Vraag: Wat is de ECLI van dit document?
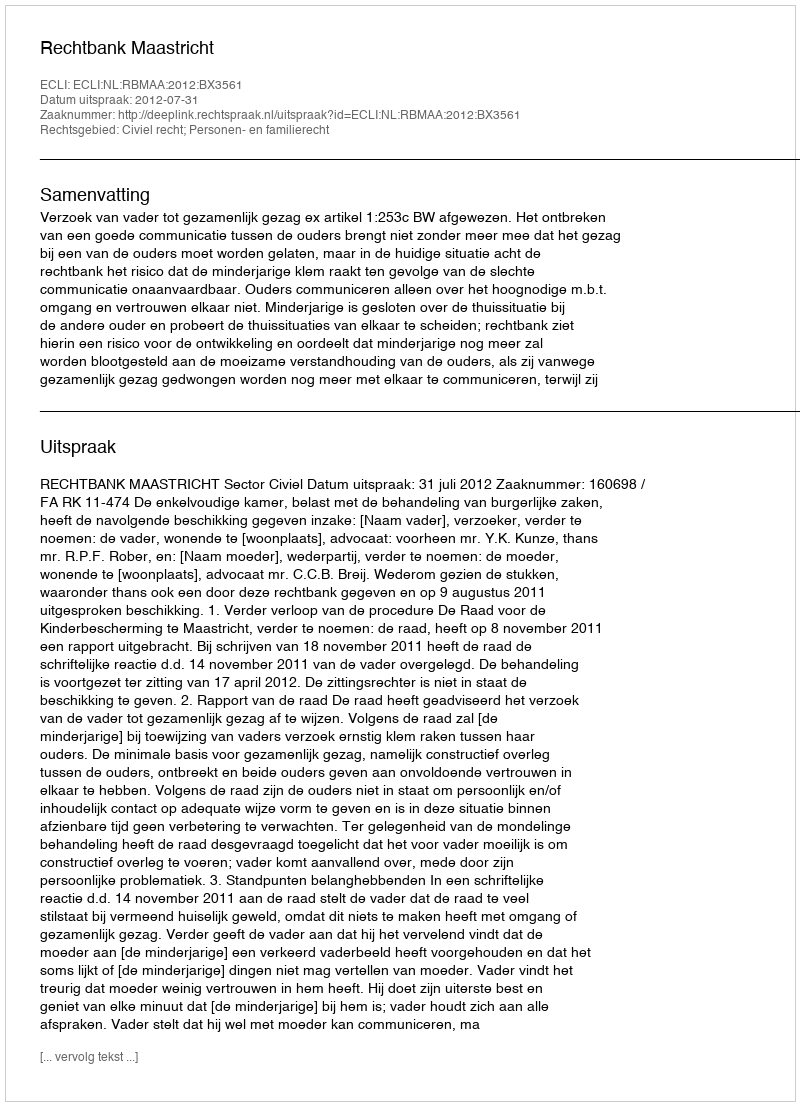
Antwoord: ECLI:NL:RBMAA:2012:BX3561